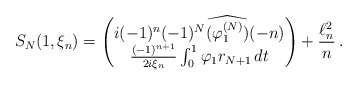
\begin{align*}S_N(1,\xi_n)= \begin{pmatrix}i (-1)^{n}(-1)^N \widehat{(\varphi_1^{(N)})}(-n)\\\frac{(-1)^{n+1}}{2i\xi_n}\int_0^1\varphi_1 r_{N+1}\,dt \end{pmatrix}+\frac{\ell^2_n}{n}\,.\end{align*}